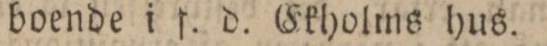
boende i f. d. Ekholms hus.